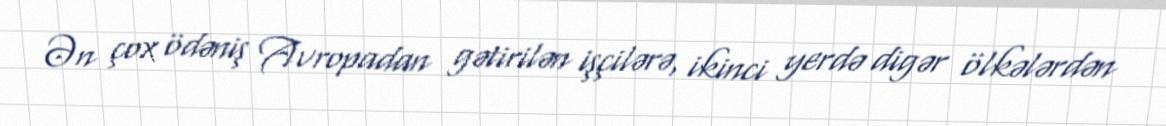
Ən çox ödəniş Avropadan gətirilən işçilərə, ikinci yerdə digər ölkələrdən